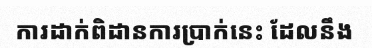
ការដាក់ពិដានការប្រាក់នេះ ដែលនឹង